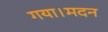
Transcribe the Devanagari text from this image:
गया।मदन